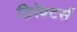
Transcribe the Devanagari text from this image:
डिरेक्टर्स